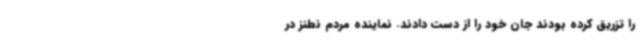
را تزریق کرده بودند جان خود را از دست دادند. نماینده مردم نطنز در